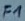
Text: F1